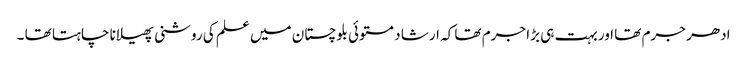
ادھر جرم تھا اور بہت ہی بڑا جرم تھا کہ ارشا د مستوئی بلوچستان میں علم کی روشنی پھیلانا چاہتا تھا ۔